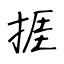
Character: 捱